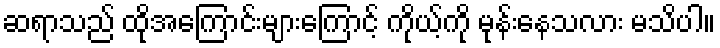
ဆရာသည် ထိုအကြောင်းများကြောင့် ကိုယ့်ကို မုန်းနေသလား မသိပါ။